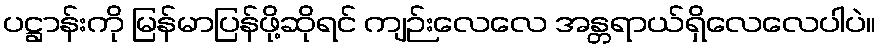
ပဋ္ဌာန်းကို မြန်မာပြန်ဖို့ဆိုရင် ကျဉ်းလေလေ အန္တရာယ်ရှိလေလေပါပဲ။